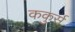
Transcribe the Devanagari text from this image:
ककुर्स